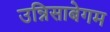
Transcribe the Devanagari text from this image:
उन्निसाबेगम